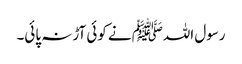
رسول اللہﷺ نے کوئی آڑ نہ پائی۔